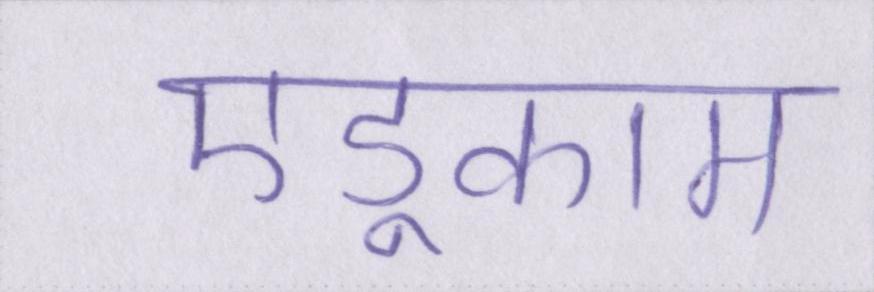
एडूकाम